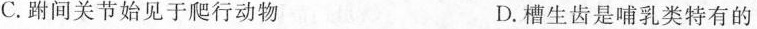
C.跗间关节始见于爬行动物 D.槽生齿是哺乳类特有的